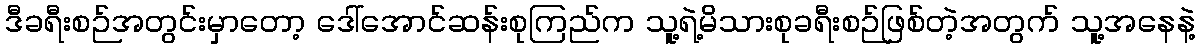
ဒီခရီးစဉ်အတွင်းမှာတော့ ဒေါ်အောင်ဆန်းစုကြည်က သူ့ရဲ့မိသားစုခရီးစဉ်ဖြစ်တဲ့အတွက် သူ့အနေနဲ့